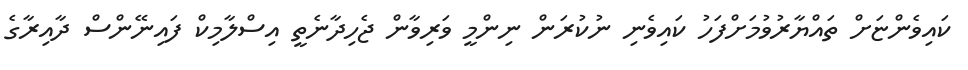
ކައިވެންޏަށް ތައްޔާރުވުމަށްފަހު ކައިވެނި ނުކުރަން ނިންމީ ވަރިވާން ޖެހިދާނެތީ އިސްލާމިކް ފައިނޭންސް ދާއިރާގެ